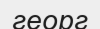
георг